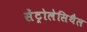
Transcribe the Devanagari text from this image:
सेंट्रोलेसिथैल